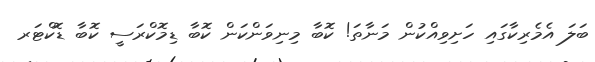
ބަލަ އެމެރިކާގައި ހަށިވިއްކުން މަނާތަ! ކޮބާ މިނިވަންކަން ކޮބާ ޑިމޮކްރަސީ ކޮބާ ޑޮކްޓަރ